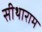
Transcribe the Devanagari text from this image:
सीथाराम